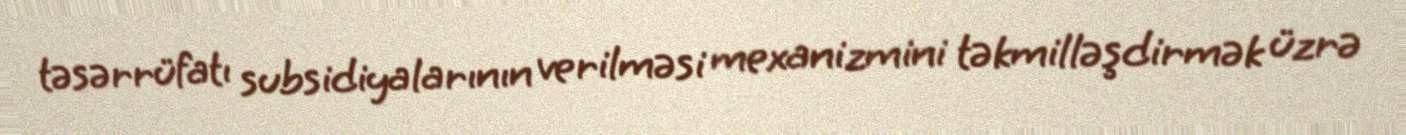
təsərrüfatı subsidiyalarının verilməsi mexanizmini təkmilləşdirmək üzrə